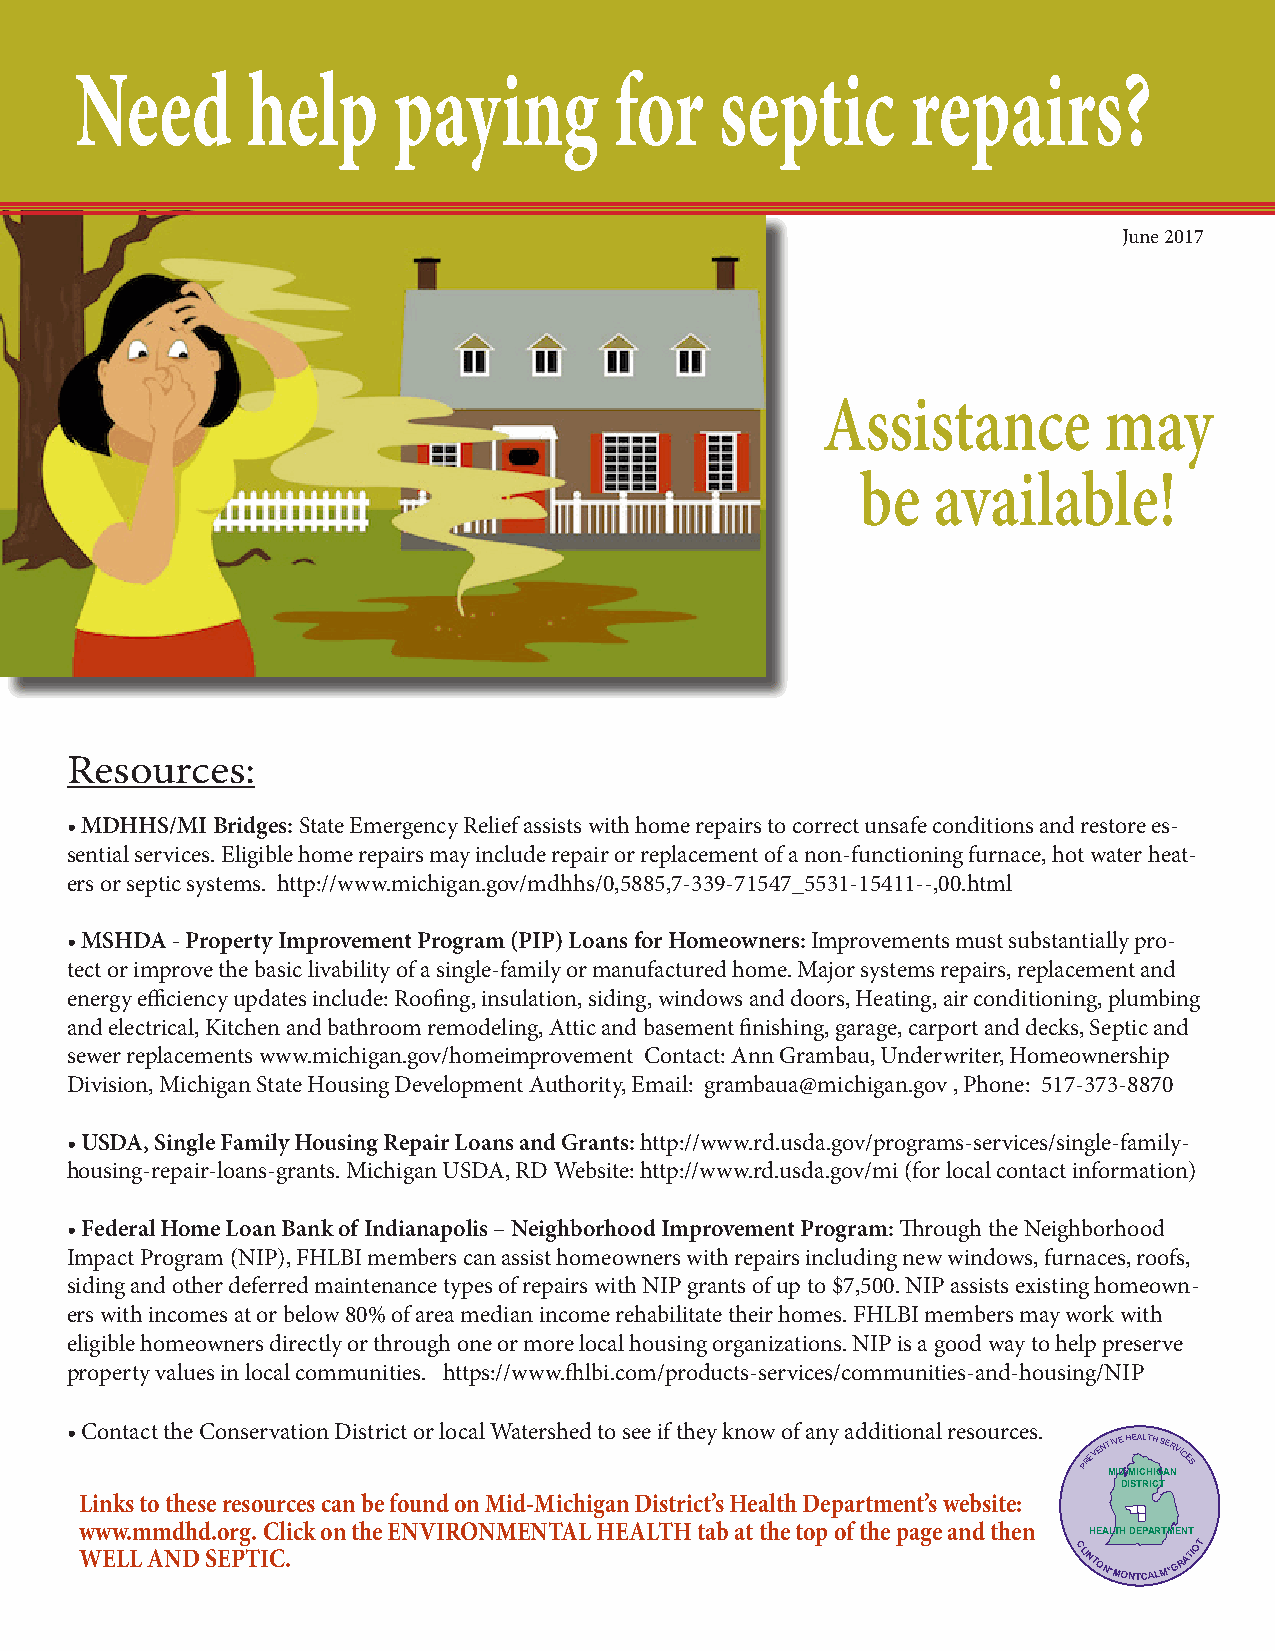
Need       help      paying         for    septic      repairs?
 June 2017
 Assistance         may
 be   available!
 Resources:
 • MDHHS/MI Bridges: State Emergency Relief assists with home repairs to correct unsafe conditions and restore es-
 sential services. Eligible home repairs may include repair or replacement of a non-functioning furnace, hot water heat-
 ers or septic systems. http://www.michigan.gov/mdhhs/0,5885,7-339-71547_5531-15411--,00.html
 • MSHDA - Property Improvement Program (PIP) Loans for Homeowners: Improvements must substantially pro-
 tect or improve the basic livability of a single-family or manufactured home. Major systems repairs, replacement and
 energy efficiency updates include: Roofing, insulation, siding, windows and doors, Heating, air conditioning, plumbing
 and electrical, Kitchen and bathroom remodeling, Attic and basement finishing, garage, carport and decks, Septic and
 sewer replacements www.michigan.gov/homeimprovement Contact: Ann Grambau, Underwriter, Homeownership
 Division, Michigan State Housing Development Authority, Email: grambaua@michigan.gov , Phone: 517-373-8870
 • USDA, Single Family Housing Repair Loans and Grants: http://www.rd.usda.gov/programs-services/single-family-
 housing-repair-loans-grants. Michigan USDA, RD Website: http://www.rd.usda.gov/mi (for local contact information)
 • Federal Home Loan Bank of Indianapolis – Neighborhood Improvement Program: Through the Neighborhood
 Impact Program (NIP), FHLBI members can assist homeowners with repairs including new windows, furnaces, roofs,
 siding and other deferred maintenance types of repairs with NIP grants of up to $7,500. NIP assists existing homeown-
 ers with incomes at or below 80% of area median income rehabilitate their homes. FHLBI members may work with
 eligible homeowners directly or through one or more local housing organizations. NIP is a good way to help preserve
 property values in local communities. https://www.fhlbi.com/products-services/communities-and-housing/NIP
 • Contact the Conservation District or local Watershed to see if they know of any additional resources.
 PREVENTIVEHEALTHSERVICES
 MID-MICHIGAN
 DISTRICT
 Links to these resources can be found on Mid-Michigan District’s Health Department’s website:
 www.mmdhd.org. Click on the ENVIRONMENTAL HEALTH tab at the top of the page and then HEALTH DEPARTMENT
 WELL AND SEPTIC.
 CLINTON*MONTCALM*GRATIOT